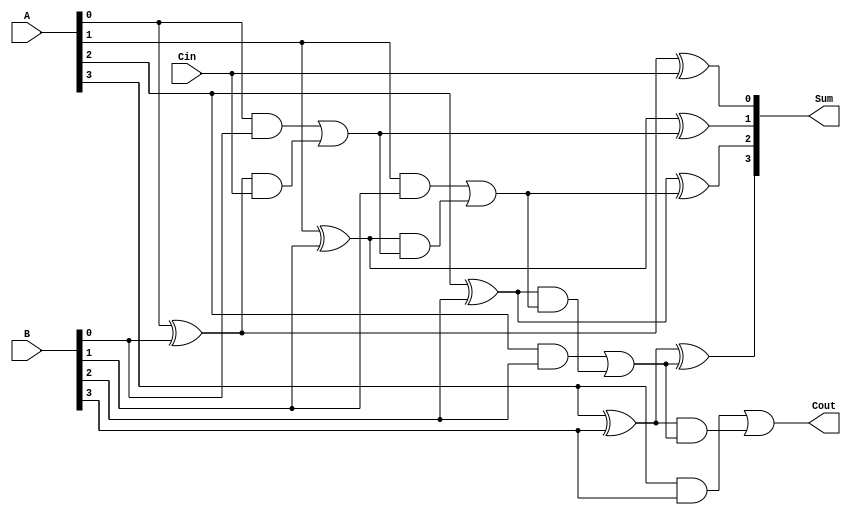
module ConditionalSumFullAdder #(parameter n = 4) (
    input  [n-1:0] A,      // First input operand
    input  [n-1:0] B,      // Second input operand
    input         Cin,      // Carry input
    output [n-1:0] Sum,     // Resulting sum
    output        Cout       // Carry output
);

    wire [n-1:0] P;        // Propagate signals
    wire [n-1:0] G;        // Generate signals
    wire [n:0] C;          // Carry signals (C[0] is Cin, C[n] is Cout)

    // Partial sum and generate signal calculations
    genvar i;
    generate
        for (i = 0; i < n; i = i + 1) begin : csfa_logic
            assign P[i] = A[i] ^ B[i];  // Partial sum
            assign G[i] = A[i] & B[i];   // Generate carry
        end
    endgenerate

    // Carry calculations
    assign C[0] = Cin;  // Initial carry input
    generate
        for (i = 1; i <= n; i = i + 1) begin : carry_logic
            assign C[i] = G[i-1] | (P[i-1] & C[i-1]);  // Conditional carry
        end
    endgenerate

    // Sum calculations
    generate
        for (i = 0; i < n; i = i + 1) begin : sum_logic
            assign Sum[i] = P[i] ^ C[i];  // Final sum
        end
    endgenerate

    // Final carry output
    assign Cout = C[n];

endmodule